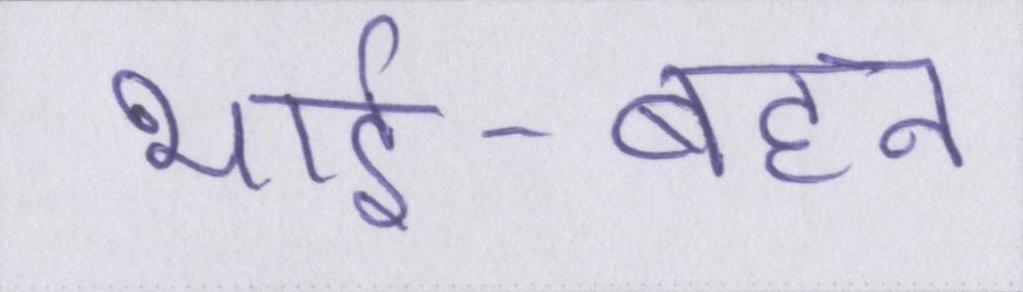
भाई-बहन